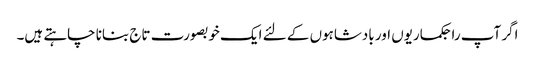
اگر آپ راجکماریوں اور بادشاہوں کے لئے ایک خوبصورت تاج بنانا چاہتے ہیں۔